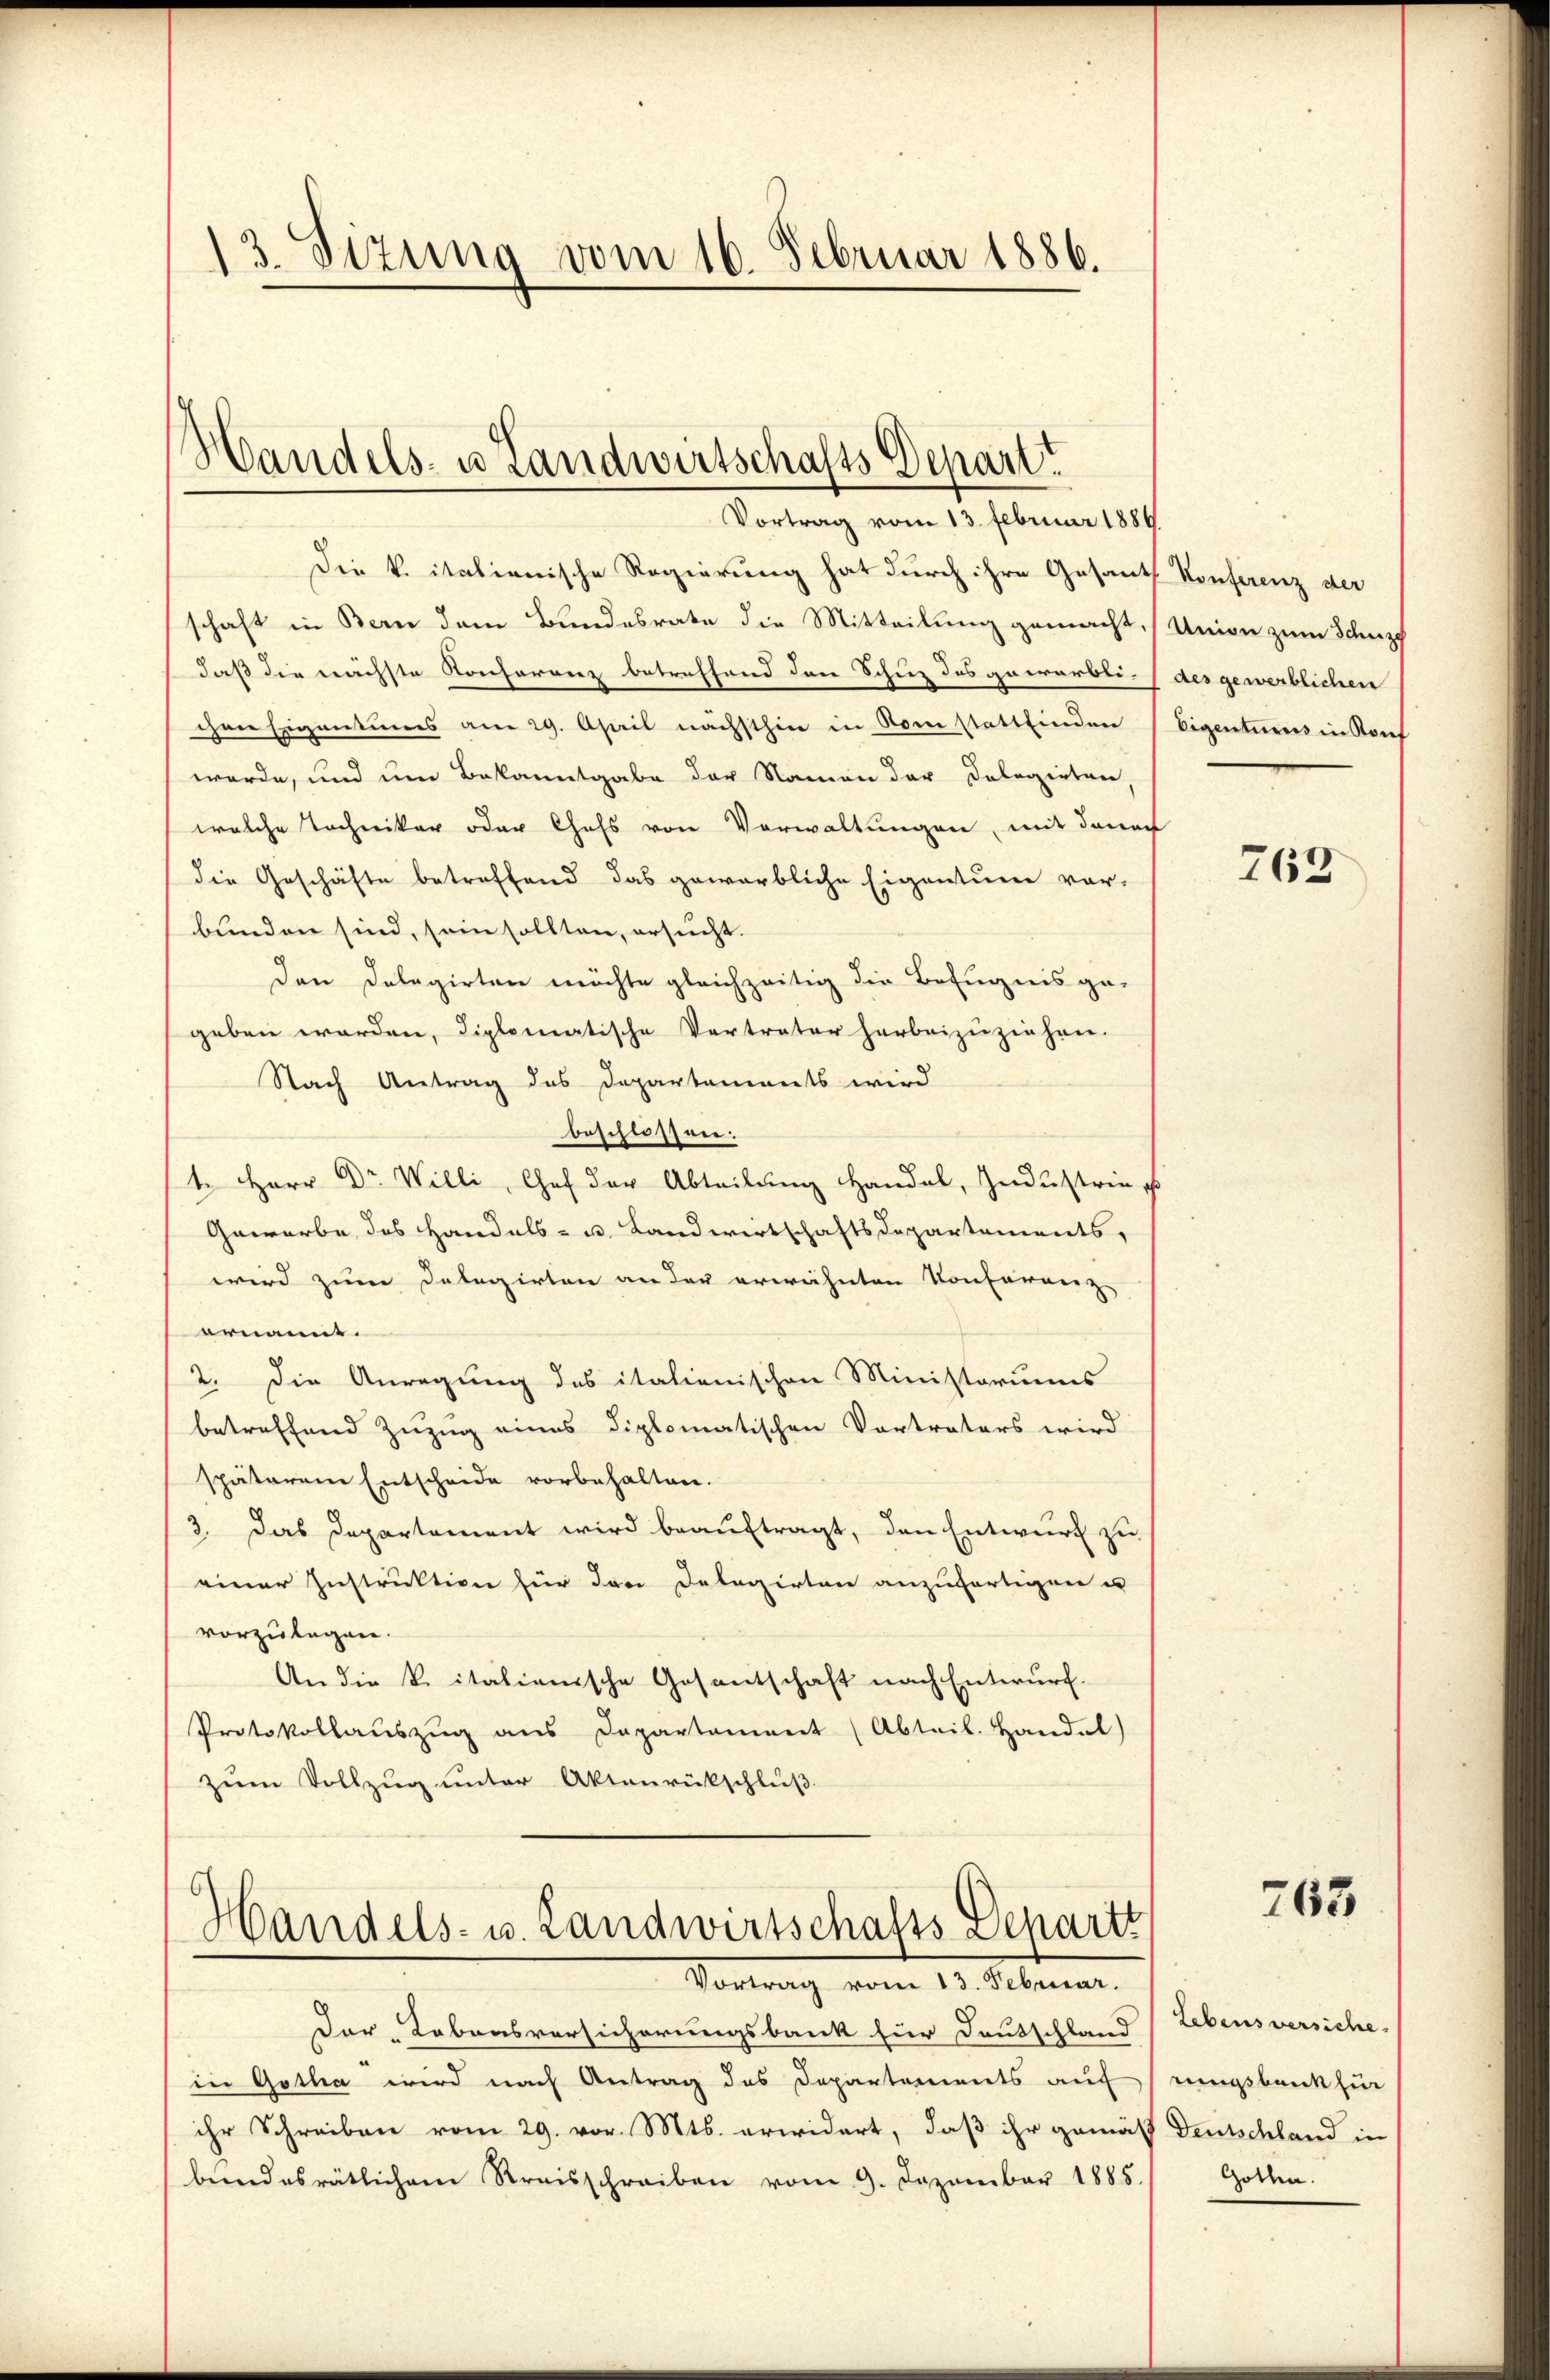
13. Sizung vom 16. Februar 1886.

Handels- u Landwirtschafts Depart
Vortrag vom 13. Februar 1889.

Die k. italienische Regierung hat durch ihre Gesants Konferenz der
schaft in Bern dem Bundesrate die Mitteilung gemacht. (Union zum Scheizt
daß die nächste Konferenz betreffend den Schuz des gewärbti- (des gewerblichen
chen Eigentumes am 29. April nächsthin in vom stattfinden
werde, und um Bekanntgabe der Namen der Dolegirten,
welche Tochniker oder Chefs von Verwaltungen, mit danach
die Geschäfte betreffend das geworbliche Eigentum vor-
bunden sind, sein sollten, ersucht.
Den Delegirten möchte gleichzeitig die Befugnis ge-
geben werden, diplomatische Vertreter herbeizuziehen.
Nach Antrag des Departements wird
beschlossen:
1. Herr Dr Willi, Chef der Abteilung Handel, Industrie es
Gewerbe des Handels- u. Landwirtschaftsdepartements,
wird zum Delegirten an der erwähnten Konferenz
ernannt.
2. Die Anregung des italienischen Ministoriums
betreffend Zuzug eines diplomatischen Vortraters wird
späterem Entscheide vorbehalten.
3. Das Departement wird beauftragt, den Entwurf zu
einer Instruktion für den Delegirten anzufertigen u
vorzulegen.
An die K. italienische Gesantschaft nach Entwurf.
Protokollaŭszŭg ans Dapartament (Abteil. Handel)
zum Vollzug unter Aktenrückschluß

Handels- u. Landwirtschafts-Departt
Vortrag vom 13. Februar.

Der „Lebensversicherungsbank für Deutschland (Lebensversiche
in Gotha wird nach Antrag des Departements auf ringsbank für
ihr Schreiben vom 29. vor. Mts. erwidert, daß ihr gemäß Deutschland in
bundesrätlichem Kreisschreiben vom 9. Dezember 1885.

Eigenturus in Konf

763

763

Gothen.